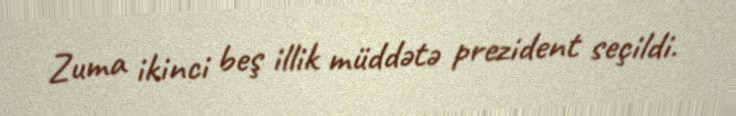
Zuma ikinci beş illik müddətə prezident seçildi.